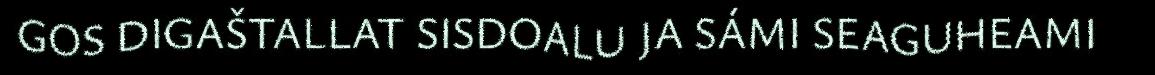
GOS DIGAŠTALLAT SISDOALU JA SÁMI SEAGUHEAMI